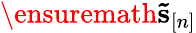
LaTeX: \ensuremath{\mathbf{\tilde{s}}}_{[n]}